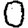
Digit: 0